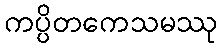
ကပ္ပိတကေသမဿု